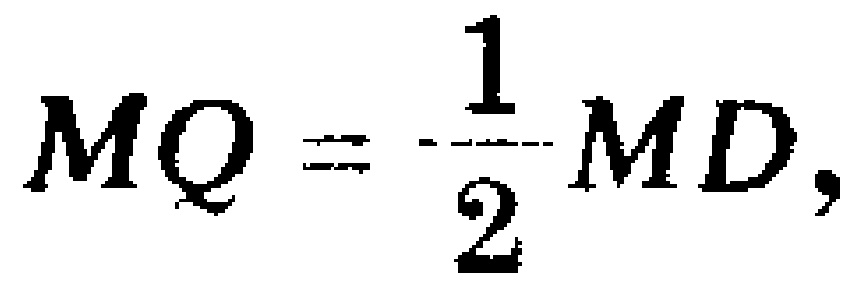
$MQ = \frac{1}{2}MD,$